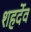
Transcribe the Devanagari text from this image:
शहर्देव